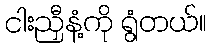
ငါးညှီနံ့ကို ရွံတယ်။